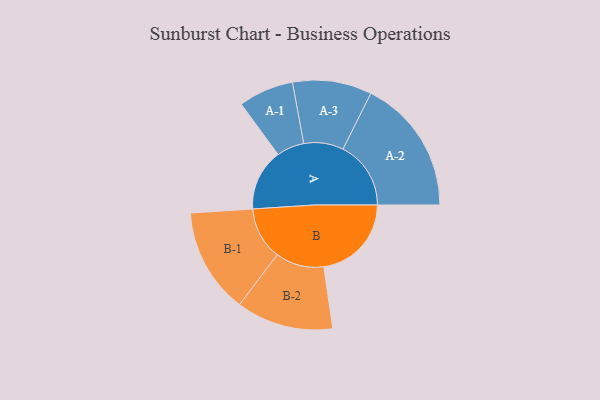
{"axis": {"x": "Segment", "y": "Value"}, "legend": ["", "A", "B"], "data": [{"x": "A", "y": 241, "type": ""}, {"x": "B", "y": 343, "type": ""}, {"x": "A-1", "y": 108, "type": "A"}, {"x": "A-2", "y": 266, "type": "A"}, {"x": "A-3", "y": 155, "type": "A"}, {"x": "B-1", "y": 206, "type": "B"}, {"x": "B-2", "y": 190, "type": "B"}]}